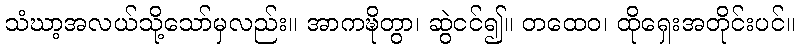
သံဃာ့အလယ်သို့သော်မှလည်း။ အာကဍ္ဎိတွာ၊ ဆွဲငင်၍။ တထေဝ၊ ထိုရှေးအတိုင်းပင်။